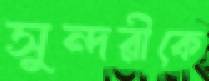
সুন্দরীকে